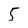
Character: 5